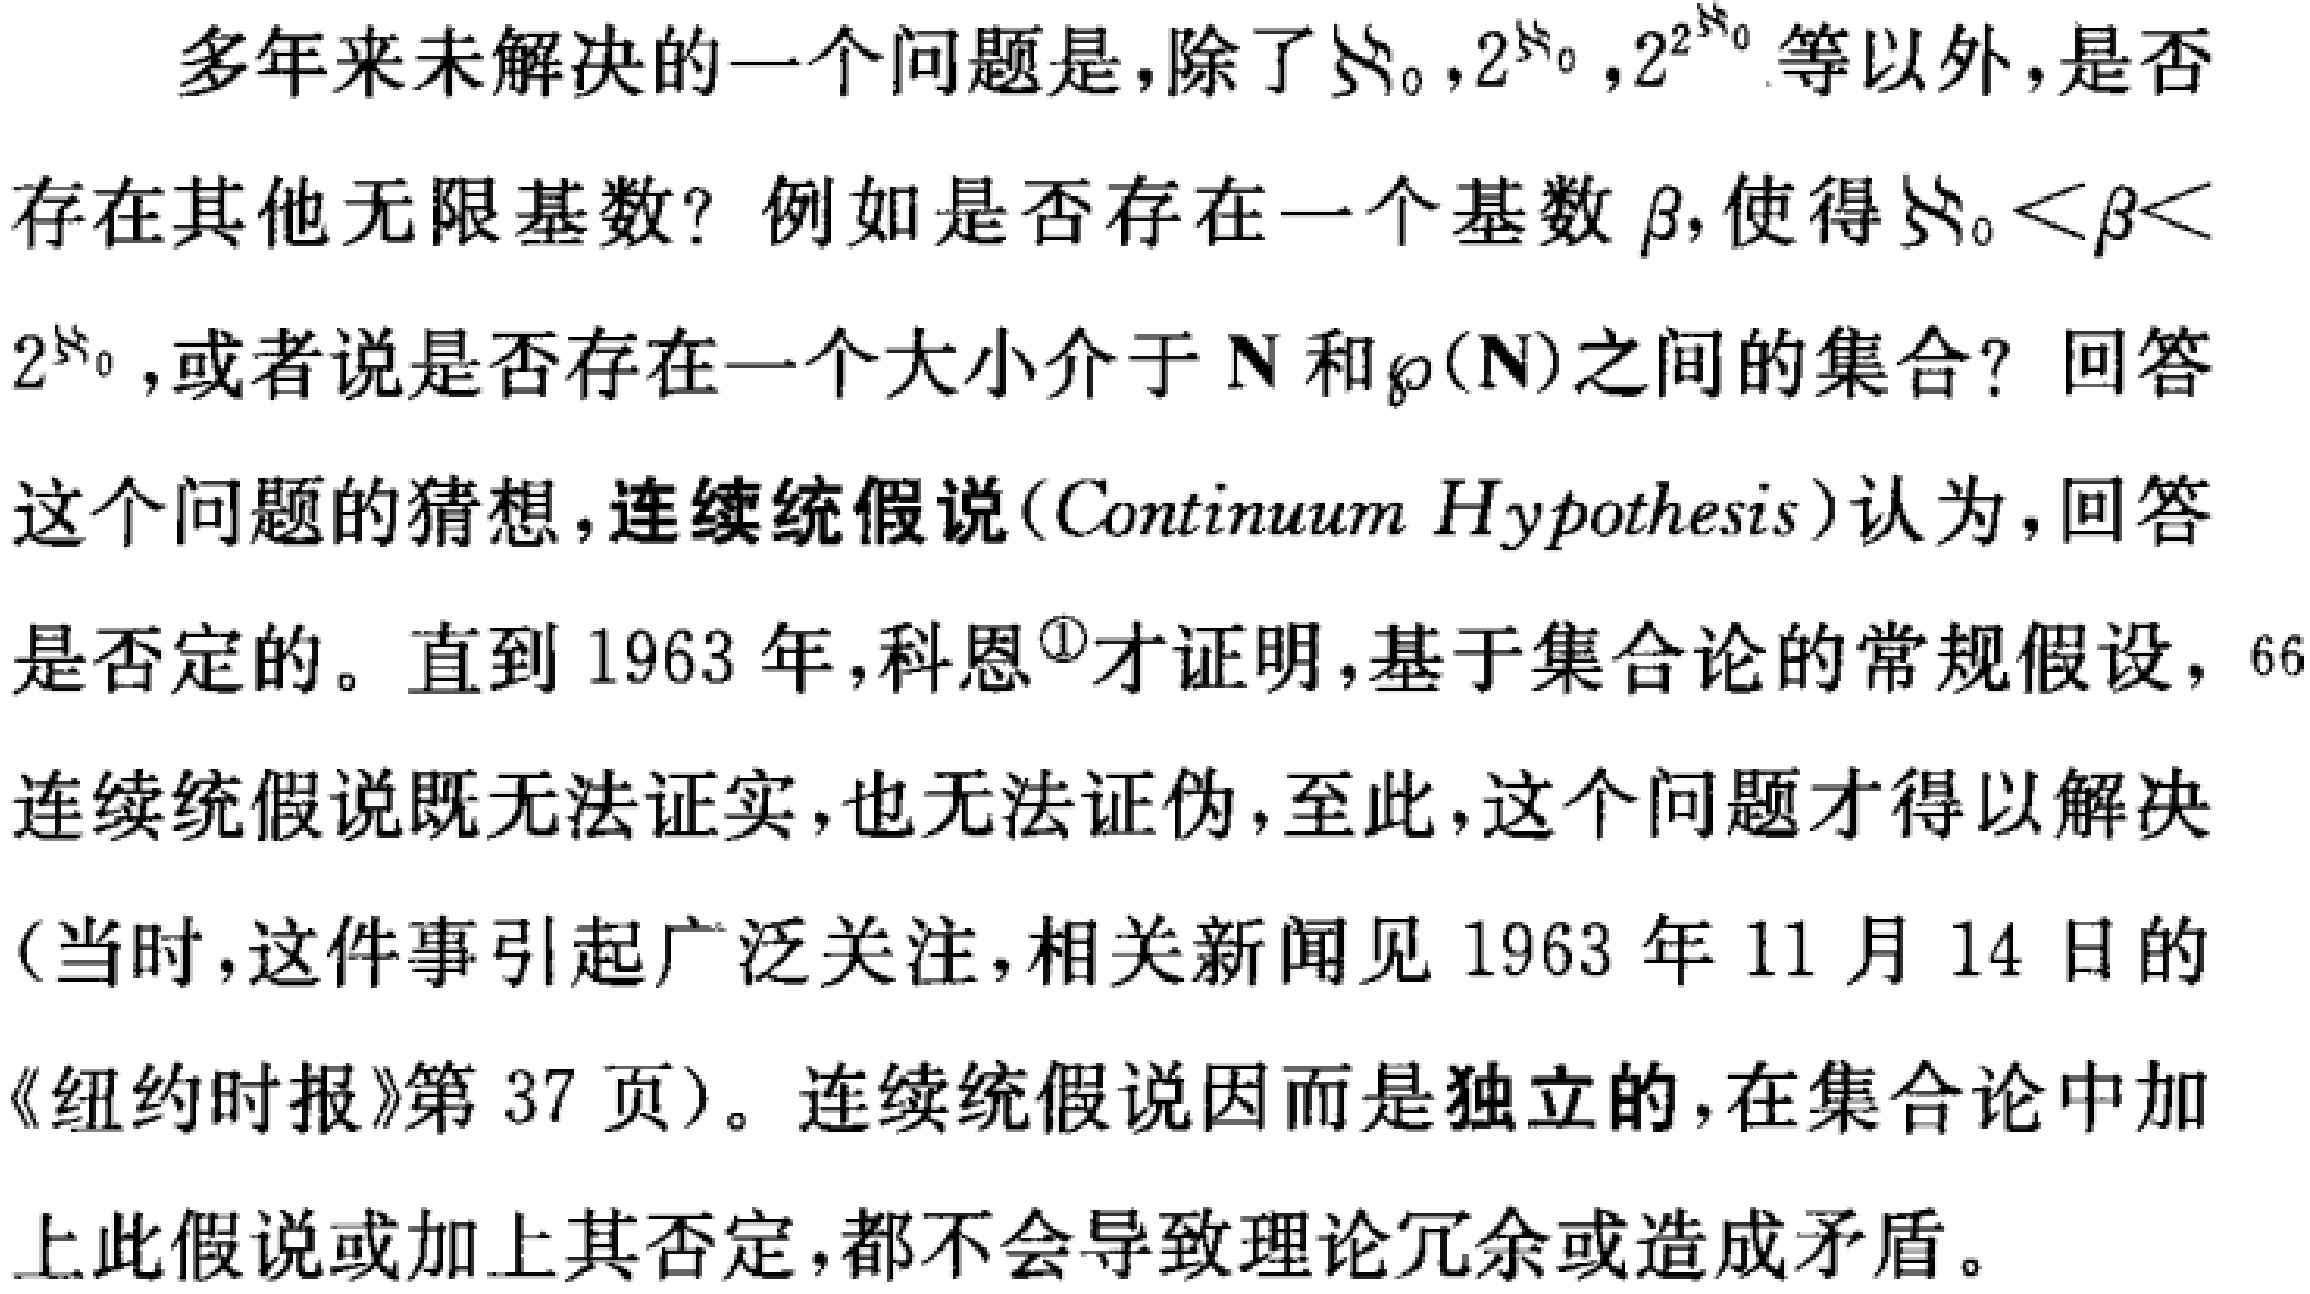
多年来未解决的一个问题是，除了$\aleph_0,2^{\aleph_0},2^{2^{\aleph_0}}$等以外，是否存在其他无限基数？例如是否存在一个基数$\beta$，使得$\aleph_0 < \beta < 2^{\aleph_0}$，或者说是否存在一个大小介于$\mathbf{N}$和$\wp(\mathbf{N})$之间的集合？回答这个问题的猜想，连续统假说（Continuum Hypothesis）认为，回答是否定的。直到1963年，科恩\(^{\textcircled{1}}\)才证明，基于集合论的常规假设，“连续统假说既无法证实，也无法证伪，至此，这个问题才得以解决（当时，这件事引起广泛关注，相关新闻见1963年11月14日的《纽约时报》第37页）。连续统假说因而是独立的，在集合论中加上此假说或加上其否定，都不会导致理论冗余或造成矛盾。